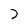
Character: j